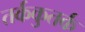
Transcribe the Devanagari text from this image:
तर्ककुतर्क